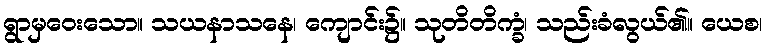
ရွာမှဝေးသော။ သယနာသနေ၊ ကျောင်း၌။ သုတိတိက္ခံ၊ သည်းခံလွယ်၏။ ယေစ၊